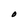
Character: O